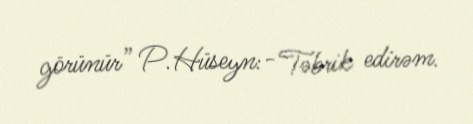
görünür” P.Hüseyn:- Təbrik edirəm.